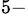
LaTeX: ^{5-}